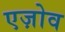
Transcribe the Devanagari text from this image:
एज़ोव